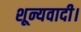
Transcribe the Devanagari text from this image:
शून्यवादी।